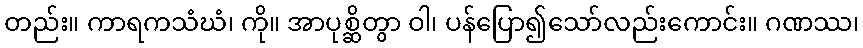
တည်း။ ကာရကသံဃံ၊ ကို။ အာပုစ္ဆိတွာ ဝါ၊ ပန်ပြော၍သော်လည်းကောင်း။ ဂဏဿ၊